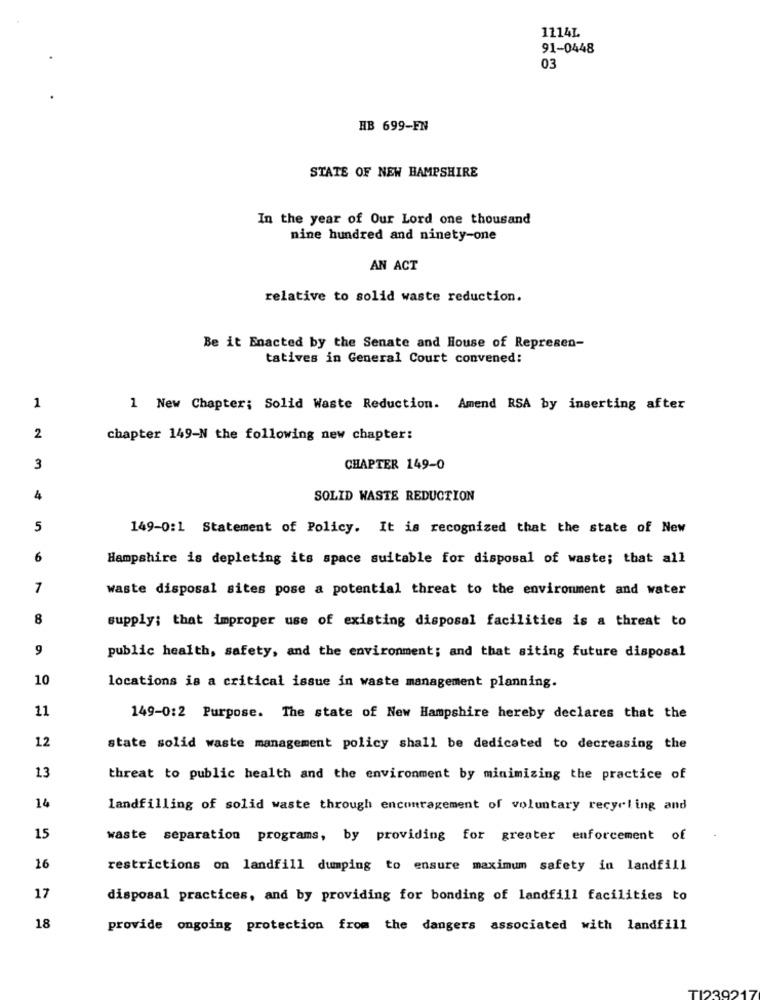
1114L
91-0448
03
HB 699-FN
STATE OF NEW HAMPSHIRE
In the year of Our Lord one thousand
nine hundred and ninety-one
AN ACT
relative to solid waste reduction.
Be it Enacted by the Senate and House of Represen-
tatives in General Court convened:
1
1 New Chapter; Solid Waste Reduction. Amend RSA by inserting after
2
chapter 149-N the following new chapter:
3
CHAPTER 149-0
4
SOLID WASTE REDUCTION
5
149-0:1 Statement of Policy. It is recognized that the state of New
6
Hampshire is depleting its space suitable for disposal of waste; that all
7
waste disposal sites pose a potential threat to the environment and water
8
supply; that improper use of existing disposal facilities is a threat to
9
public health, safety, and the environment; and that siting future disposal
10
locations is a critical issue in waste management planning.
11
149-0:2 Purpose. The state of New Hampshire hereby declares that the
12
state solid waste management policy shall be dedicated to decreasing the
13
threat to public health and the environment by minimizing the practice of
14
landfilling of solid waste through encouragement of voluntary recycling and
15
waste separation programs, by providing for greater enforcement of
16
restrictions on landfill dumping to ensure maximum safety in landfill
17
disposal practices, and by providing for bonding of landfill facilities to
18
provide ongoing protection from the dangers associated with landfill
12392-